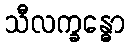
သီလက္ခန္ဓော